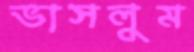
ভাসলুম